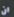
ان